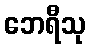
ဘေရီသု